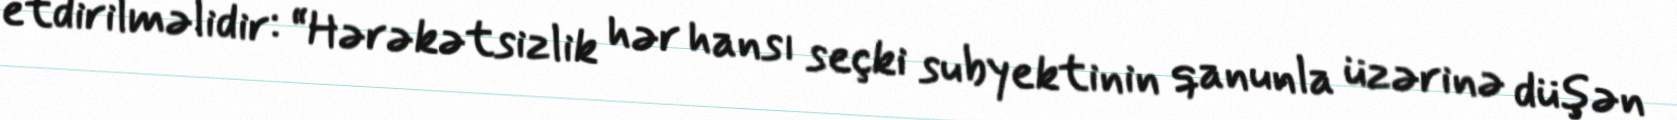
etdirilməlidir: “Hərəkətsizlik hər hansı seçki subyektinin qanunla üzərinə düşən